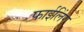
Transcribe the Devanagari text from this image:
फाईलिंग